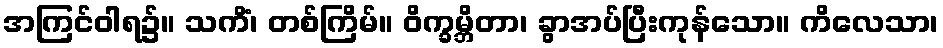
အကြင်ဝါရ၌။ သကိံ၊ တစ်ကြိမ်။ ဝိက္ခမ္ဘိတာ၊ ခွာအပ်ပြီးကုန်သော။ ကိလေသာ၊